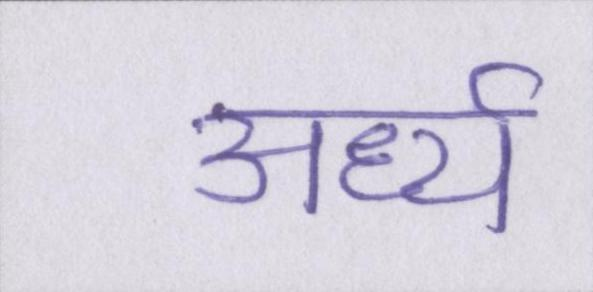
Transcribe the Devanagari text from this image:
अर्ध्य